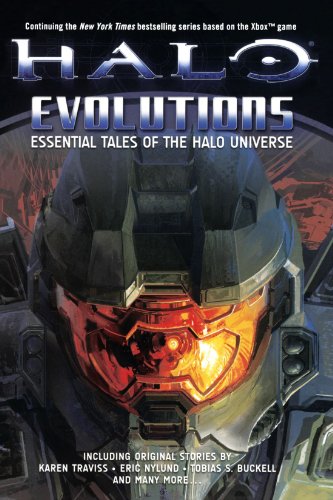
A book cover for Halo: Evolutions: Essential Tales of the Halo Universe; Tobias S. Buckell; Science Fiction & Fantasy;